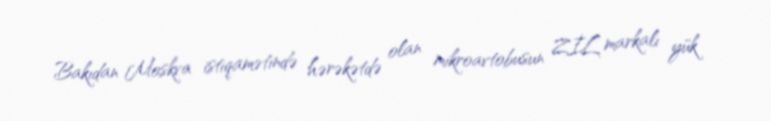
Bakıdan Moskva istiqamətində hərəkətdə olan mikroavtobusun ZİL markalı yük